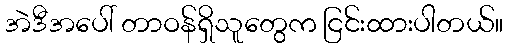
အဲဒီအပေါ် တာဝန်ရှိသူတွေက ငြင်းထားပါတယ်။